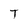
Character: T